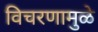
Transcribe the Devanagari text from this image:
विचरणामुळे